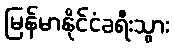
မြန်မာနိုင်ငံခရီးသွား